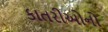
કાતરીઓનો